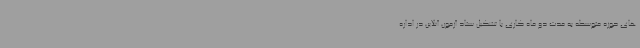
های حوزه متوسطه به مدت دو ماه کاری با تشکیل ستاد آزمون آنلاین در اداره